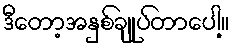
ဒီတော့အနှစ်ချုပ်တာပေါ့။